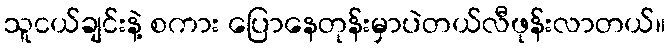
သူငယ်ချင်းနဲ့ စကား ပြောနေတုန်းမှာပဲတယ်လီဖုန်းလာတယ်။